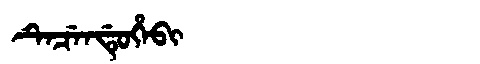
Manchu: ᡨᡝᠴᡝᠨᡩᡠᡥᡝᠪᡳ
Romanization: TECENDUHEBI